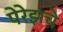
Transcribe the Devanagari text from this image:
पेरेझचे